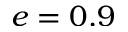
e = 0 . 9